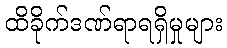
ထိခိုက်ဒဏ်ရာရရှိမှုများ